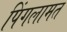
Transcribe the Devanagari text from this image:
पिंगलामत